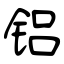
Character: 铝